Scottish Leaving Certificate Examination, 1951
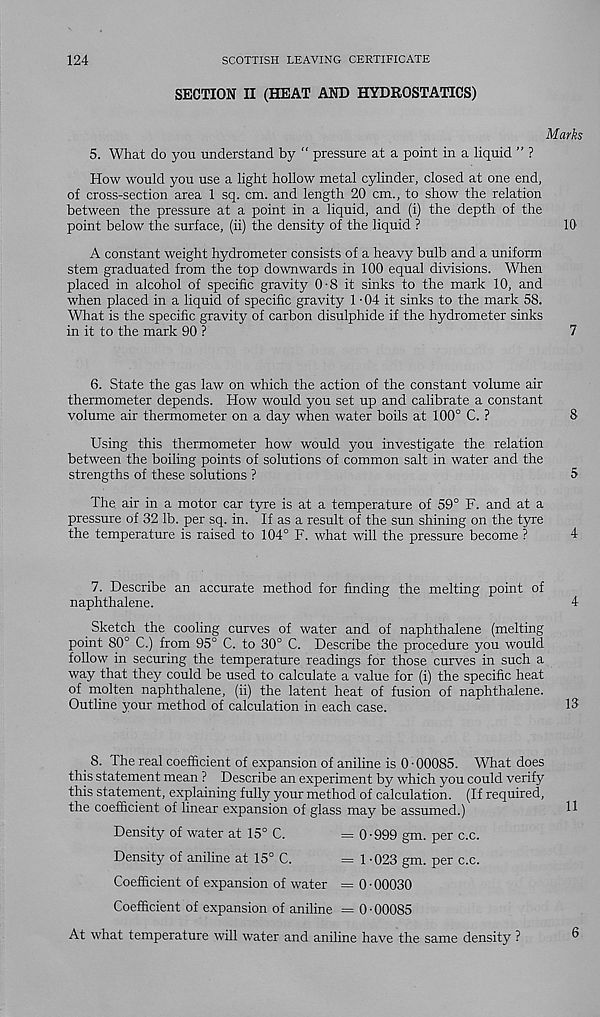
124
SCOTTISH LEAVING CERTIFICATE
SECTION II (HEAT AND HYDROSTATICS)
Marks
5. What do you understand by “ pressure at a point in a liquid ” ?
How would you use a light hollow metal cylinder, closed at one end,
of cross-section area 1 sq. cm. and length 20 cm., to show the relation
between the pressure at a point in a liquid, and (i) the depth of the
point below the surface, (ii) the density of the liquid ?
10
A constant weight hydrometer consists of a heavy bulb and a uniform
stem graduated from the top downwards in 100 equal divisions. When
placed in alcohol of specific gravity 0-8 it sinks to the mark 10, and
when placed in a liquid of specific gravity 1 ■ 04 it sinks to the mark 58.
What is the specific gravity of carbon disulphide if the hydrometer sinks
in it to the mark 90 ?
7
6. State the gas law on which the action of the constant volume air
thermometer depends. How would you set up and calibrate a constant
volume air thermometer on a day when water boils at 100° C. ?
8
Using this thermometer how would you investigate the relation
between the boiling points of solutions of common salt in water and the
strengths of these solutions ?
5
The air in a motor car tyre is at a temperature of 59° F. and at a
pressure of 32 lb. per sq. in. If as a result of the sun shining on the tyre
the temperature is raised to 104° F. what will the pressure become ?
4
7. Describe an accurate method for finding the melting point of
naphthalene.
4
Sketch the cooling curves of water and of naphthalene (melting
point 80° C.) from 95° C. to 30° C. Describe the procedure you would
follow in securing the temperature readings for those curves in such a
way that they could be used to calculate a value for (i) the specific heat
of molten naphthalene, (ii) the latent heat of fusion of naphthalene.
Outline your method of calculation in each case.
13
8. The real coefficient of expansion of aniline is 0 • 00085. What does
this statement mean ? Describe an experiment by which you could verify
this statement, explaining fully your method of calculation. (If required,
the coefficient of linear expansion of glass may be assumed.)
Density of water at 15° C.
= 0-999 gm. per c.c.
Density of aniline at 15° C.
= 1-023 gm. per c.c.
Coefficient of expansion of water = 0-00030
Coefficient of expansion of aniline = 0 • 00085
At what temperature will water and aniline have the same density ?